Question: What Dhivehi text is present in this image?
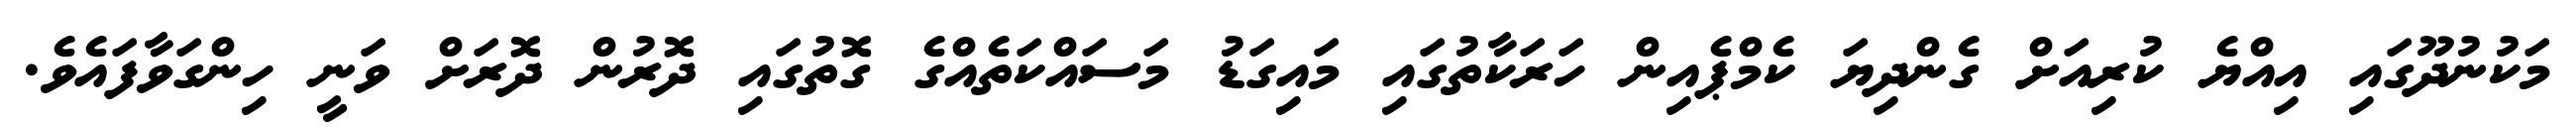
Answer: މަކުނުދޫގައި އިއްޔެ ކުރިއަށް ގެންދިޔަ ކެމްޕެއިން ހަރަކާތުގައި މައިގަޑު މަސައްކަތެއްގެ ގޮތުގައި ދޮރުން ދޮރަށް ވަނީ ހިންގަވާފައެވެ.